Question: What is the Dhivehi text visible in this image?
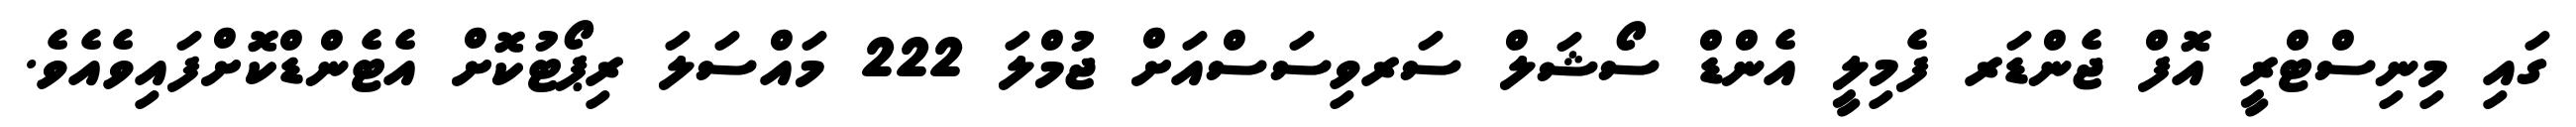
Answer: ގައި މިނިސްޓްރީ އޮފް ޖެންޑަރ ފެމިލީ އެންޑް ސޯޝަލް ސަރވިސަސްއަށް ޖުމްލަ 222 މައްސަލަ ރިޕޯޓުކޮށް އެޓެންޑްކޮށްފައިވެއެވެ.